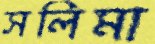
সলিমা